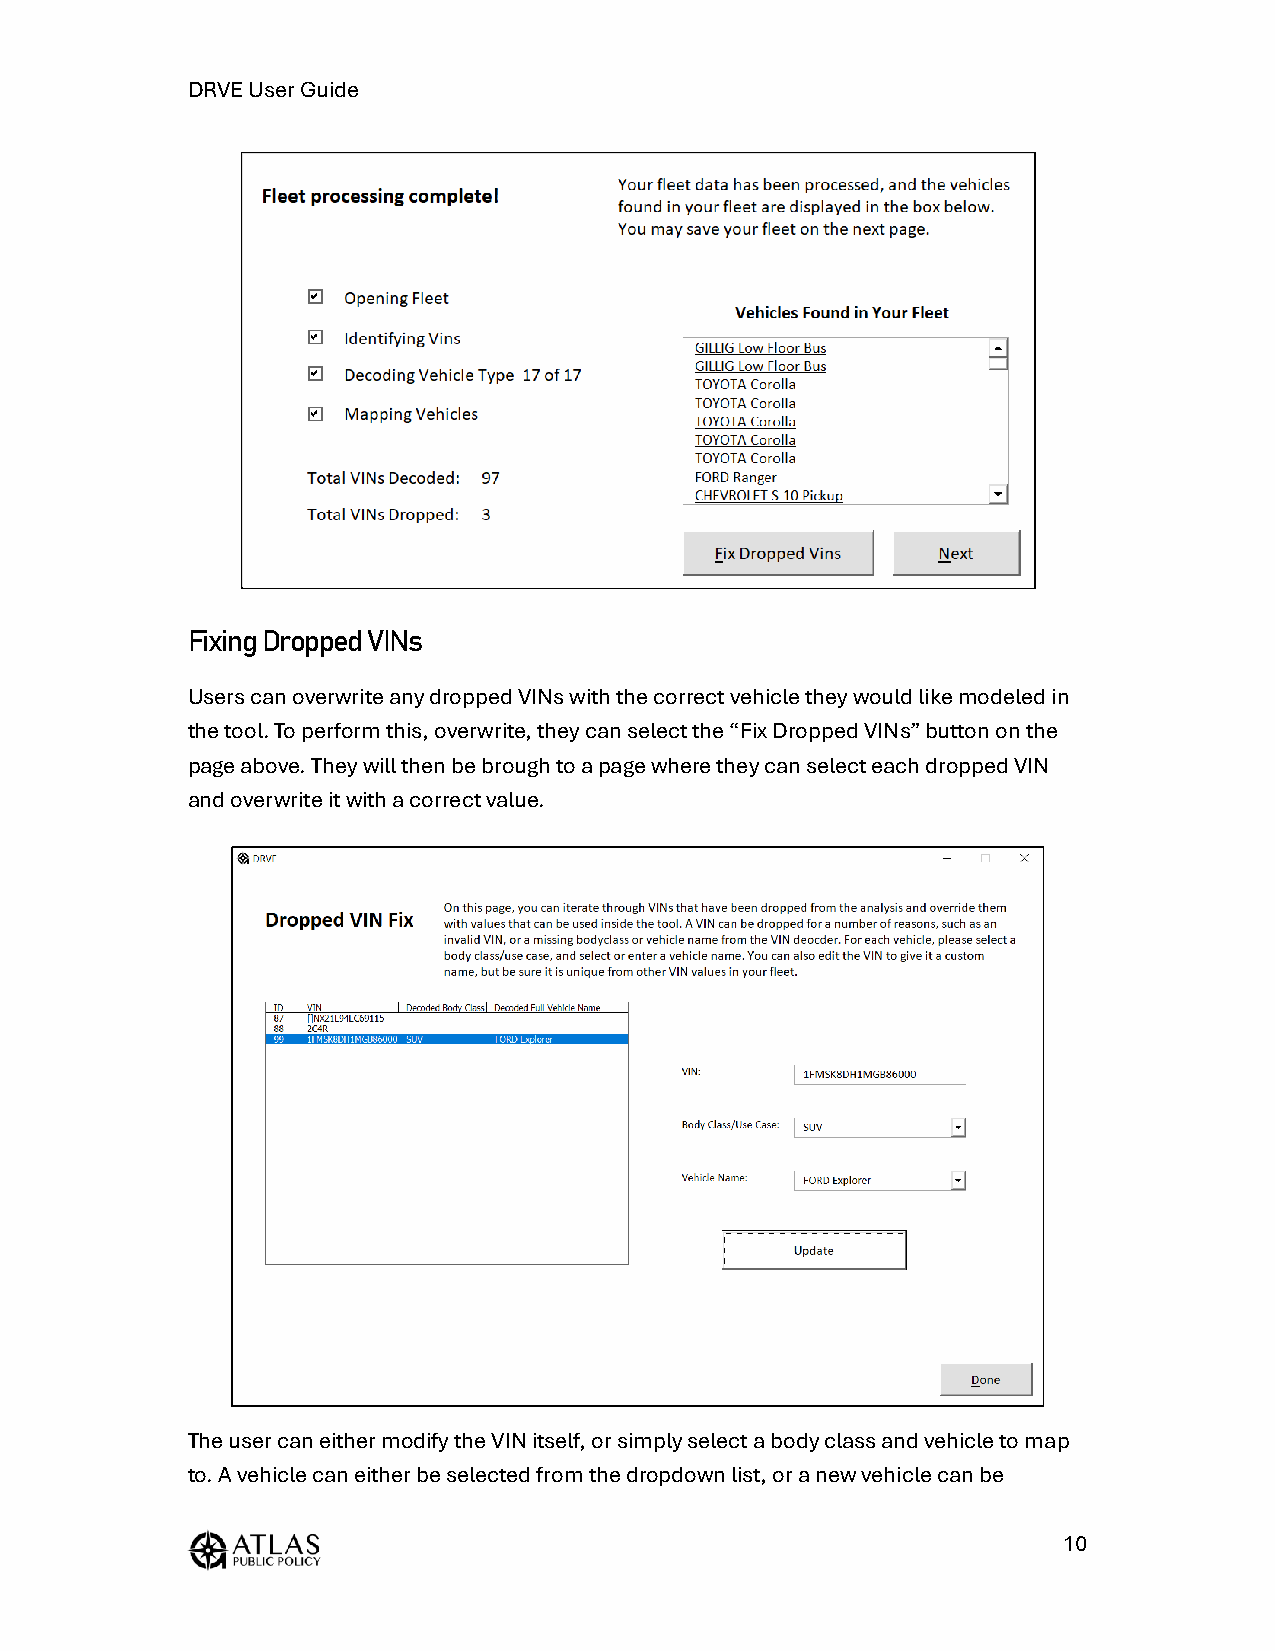
DRVE User Guide
 Fixing Dropped VINs
 Users can overwrite any dropped VINs with the correct vehicle they would like modeled in
 the tool. To perform this, overwrite, they can select the “Fix Dropped VINs” button on the
 page above. They will then be brough to a page where they can select each dropped VIN
 and overwrite it with a correct value.
 The user can either modify the VIN itself, or simply select a body class and vehicle to map
 to. A vehicle can either be selected from the dropdown list, or a new vehicle can be
 10